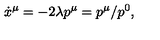
\dot { x } ^ { \mu } = - 2 \lambda p ^ { \mu } = p ^ { \mu } / p ^ { 0 } ,